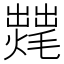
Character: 𱬣